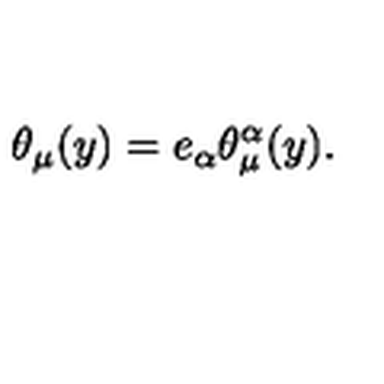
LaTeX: \theta _ { \mu } ( y ) = e _ { \alpha } \theta _ { \mu } ^ { \alpha } ( y ) .